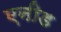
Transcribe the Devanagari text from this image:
एनीड